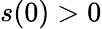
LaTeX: s(0)>0